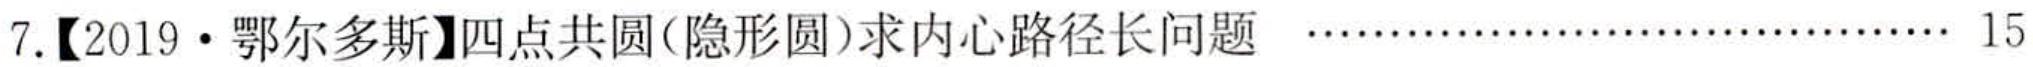
7.【2019·鄂尔多斯】四点共圆(隐形圆)求内心路径长问题  \cdots\cdots 15